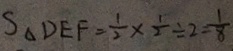
S _ { \Delta } D E F = \frac { 1 } { 2 } \times \frac { 1 } { 2 } \div 2 = \frac { 1 } { 8 }